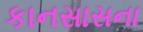
કાનસાસના